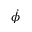
\dot { \phi }